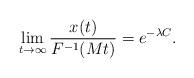
LaTeX: \begin{align*} \lim_{t \to \infty}\frac{x(t)}{F^{-1}(Mt)} = e^{-\lambda C}.\end{align*}